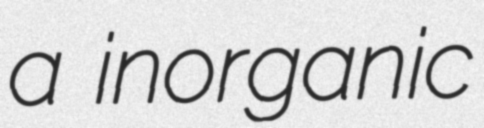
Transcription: a inorganic